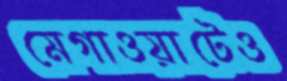
মেগাওয়াটেও